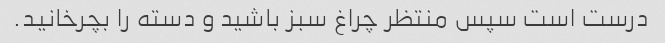
درست است سپس منتظر چراغ سبز باشید و دسته را بچرخانید.